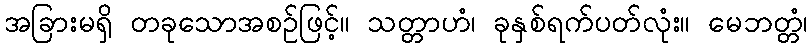
အခြားမရှိ တခုသောအစဉ်ဖြင့်။ သတ္တာဟံ၊ ခုနှစ်ရက်ပတ်လုံး။ မေဘတ္တံ၊